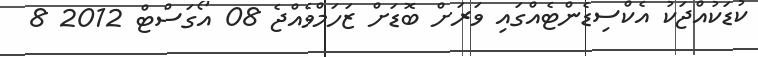
ކުޑަކުއްޖަކު އެކްސިޑެންޓެއްގައި ވަރަށް ބޮޑަށް ޒަހަމްވެއްޖެ 08 އޯގަސްޓް 2012 8